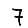
Digit: 7